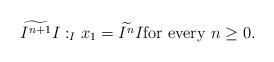
LaTeX: \begin{align*}\widetilde{I^{n+1}} I :_{I} x_1=\widetilde{I^{n}}I \mbox{for every } n\geq 0.\end{align*}